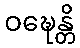
ဝဍ္ဎေန္တိ